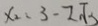
x _ { 2 } = 3 - 2 \sqrt { 3 }